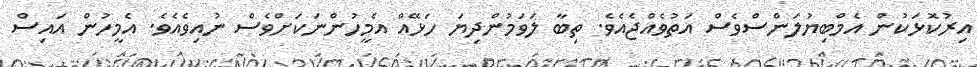
އިރުކޮޅަކުން އެމްބިޔުލަންސްވެސް އަތުވެއްޖެއެވެ. ތިބާ ލަވަމުންދިޔަ ހަޅޭއް އެމީހުންނަކަށްވެސް ނުއިވެއެވެ. އެމީހުން އައިސް